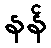
နန်